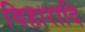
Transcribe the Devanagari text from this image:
विहारादि